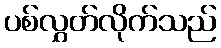
ပစ်လွှတ်လိုက်သည်